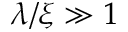
\lambda / \xi \gg 1